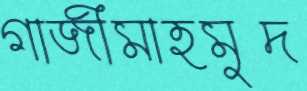
গাজীমাহমুদ